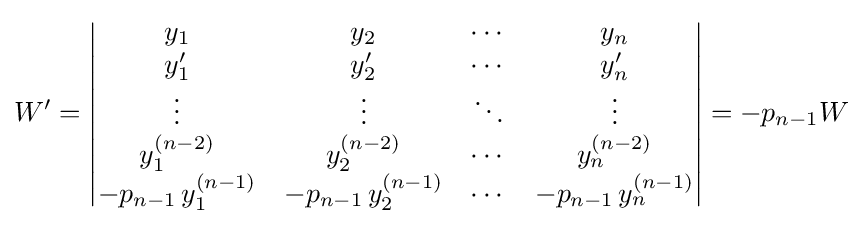
W'={\begin{vmatrix}y_{1}&y_{2}&\cdots &y_{n}\\y'_{1}&y'_{2}&\cdots &y'_{n}\\\vdots &\vdots &\ddots &\vdots \\y_{1}^{(n-2)}&y_{2}^{(n-2)}&\cdots &y_{n}^{(n-2)}\\-p_{n-1}\,y_{1}^{(n-1)}&-p_{n-1}\,y_{2}^{(n-1)}&\cdots &-p_{n-1}\,y_{n}^{(n-1)}\end{vmatrix}}=-p_{n-1}W